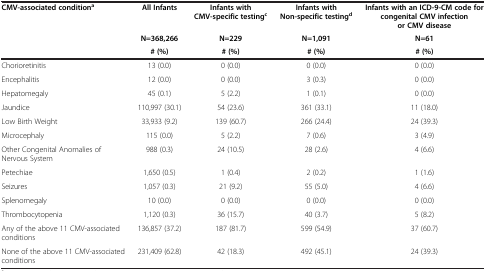
| <ROWSPAN=3> CMV-associated conditiona | All Infants | Infants with CMV-specific testingc | Infants with Non-specific testingd | Infants with an ICD-9-CM code for congenital CMV infection or CMV disease |
 | N=368,266 | N=229 | N=1,091 | N=61 |
 | # (%) | # (%) | # (%) | # (%) |
 | --- | --- | --- | --- | --- |
 | Chorioretinitis | 13 (0.0) | 0 (0.0) | 0 (0.0) | 0 (0.0) |
 | Encephalitis | 12 (0.0) | 0 (0.0) | 3 (0.3) | 0 (0.0) |
 | Hepatomegaly | 45 (0.1) | 5 (2.2) | 1 (0.1) | 0 (0.0) |
 | Jaundice | 110,997 (30.1) | 54 (23.6) | 361 (33.1) | 11 (18.0) |
 | Low Birth Weight | 33,933 (9.2) | 139 (60.7) | 266 (24.4) | 24 (39.3) |
 | Microcephaly | 115 (0.0) | 5 (2.2) | 7 (0.6) | 3 (4.9) |
 | Other Congenital Anomalies of Nervous System | 988 (0.3) | 24 (10.5) | 28 (2.6) | 4 (6.6) |
 | Petechiae | 1,650 (0.5) | 1 (0.4) | 2 (0.2) | 1 (1.6) |
 | Seizures | 1,057 (0.3) | 21 (9.2) | 55 (5.0) | 4 (6.6) |
 | Splenomegaly | 10 (0.0) | 0 (0.0) | 0 (0.0) | 0 (0.0) |
 | Thrombocytopenia | 1,120 (0.3) | 36 (15.7) | 40 (3.7) | 5 (8.2) |
 | Any of the above 11 CMV-associated conditions | 136,857 (37.2) | 187 (81.7) | 599 (54.9) | 37 (60.7) |
 | None of the above 11 CMV-associated conditions | 231,409 (62.8) | 42 (18.3) | 492 (45.1) | 24 (39.3) |